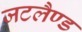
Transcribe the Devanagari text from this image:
जटलैण्ड